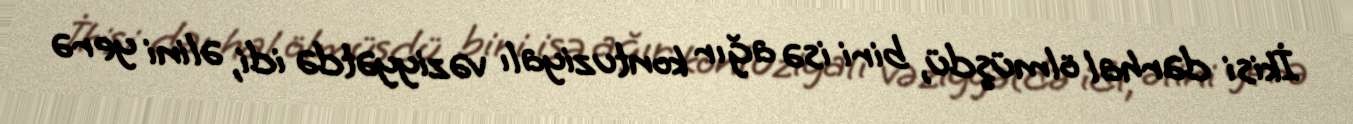
İkisi dərhal ölmüşdü, biri isə ağır kontuziyalı vəziyyətdə idi, əlini yerə